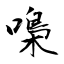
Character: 嘄